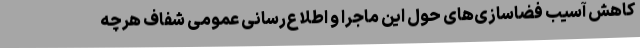
کاهش آسیبِ‌ فضاسازی‌های حول این ماجرا و اطلاع‌رسانی عمومی شفاف هرچه